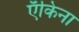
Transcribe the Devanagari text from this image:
ऍकिना